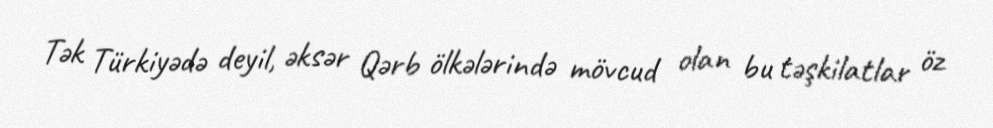
Tək Türkiyədə deyil, əksər Qərb ölkələrində mövcud olan bu təşkilatlar öz